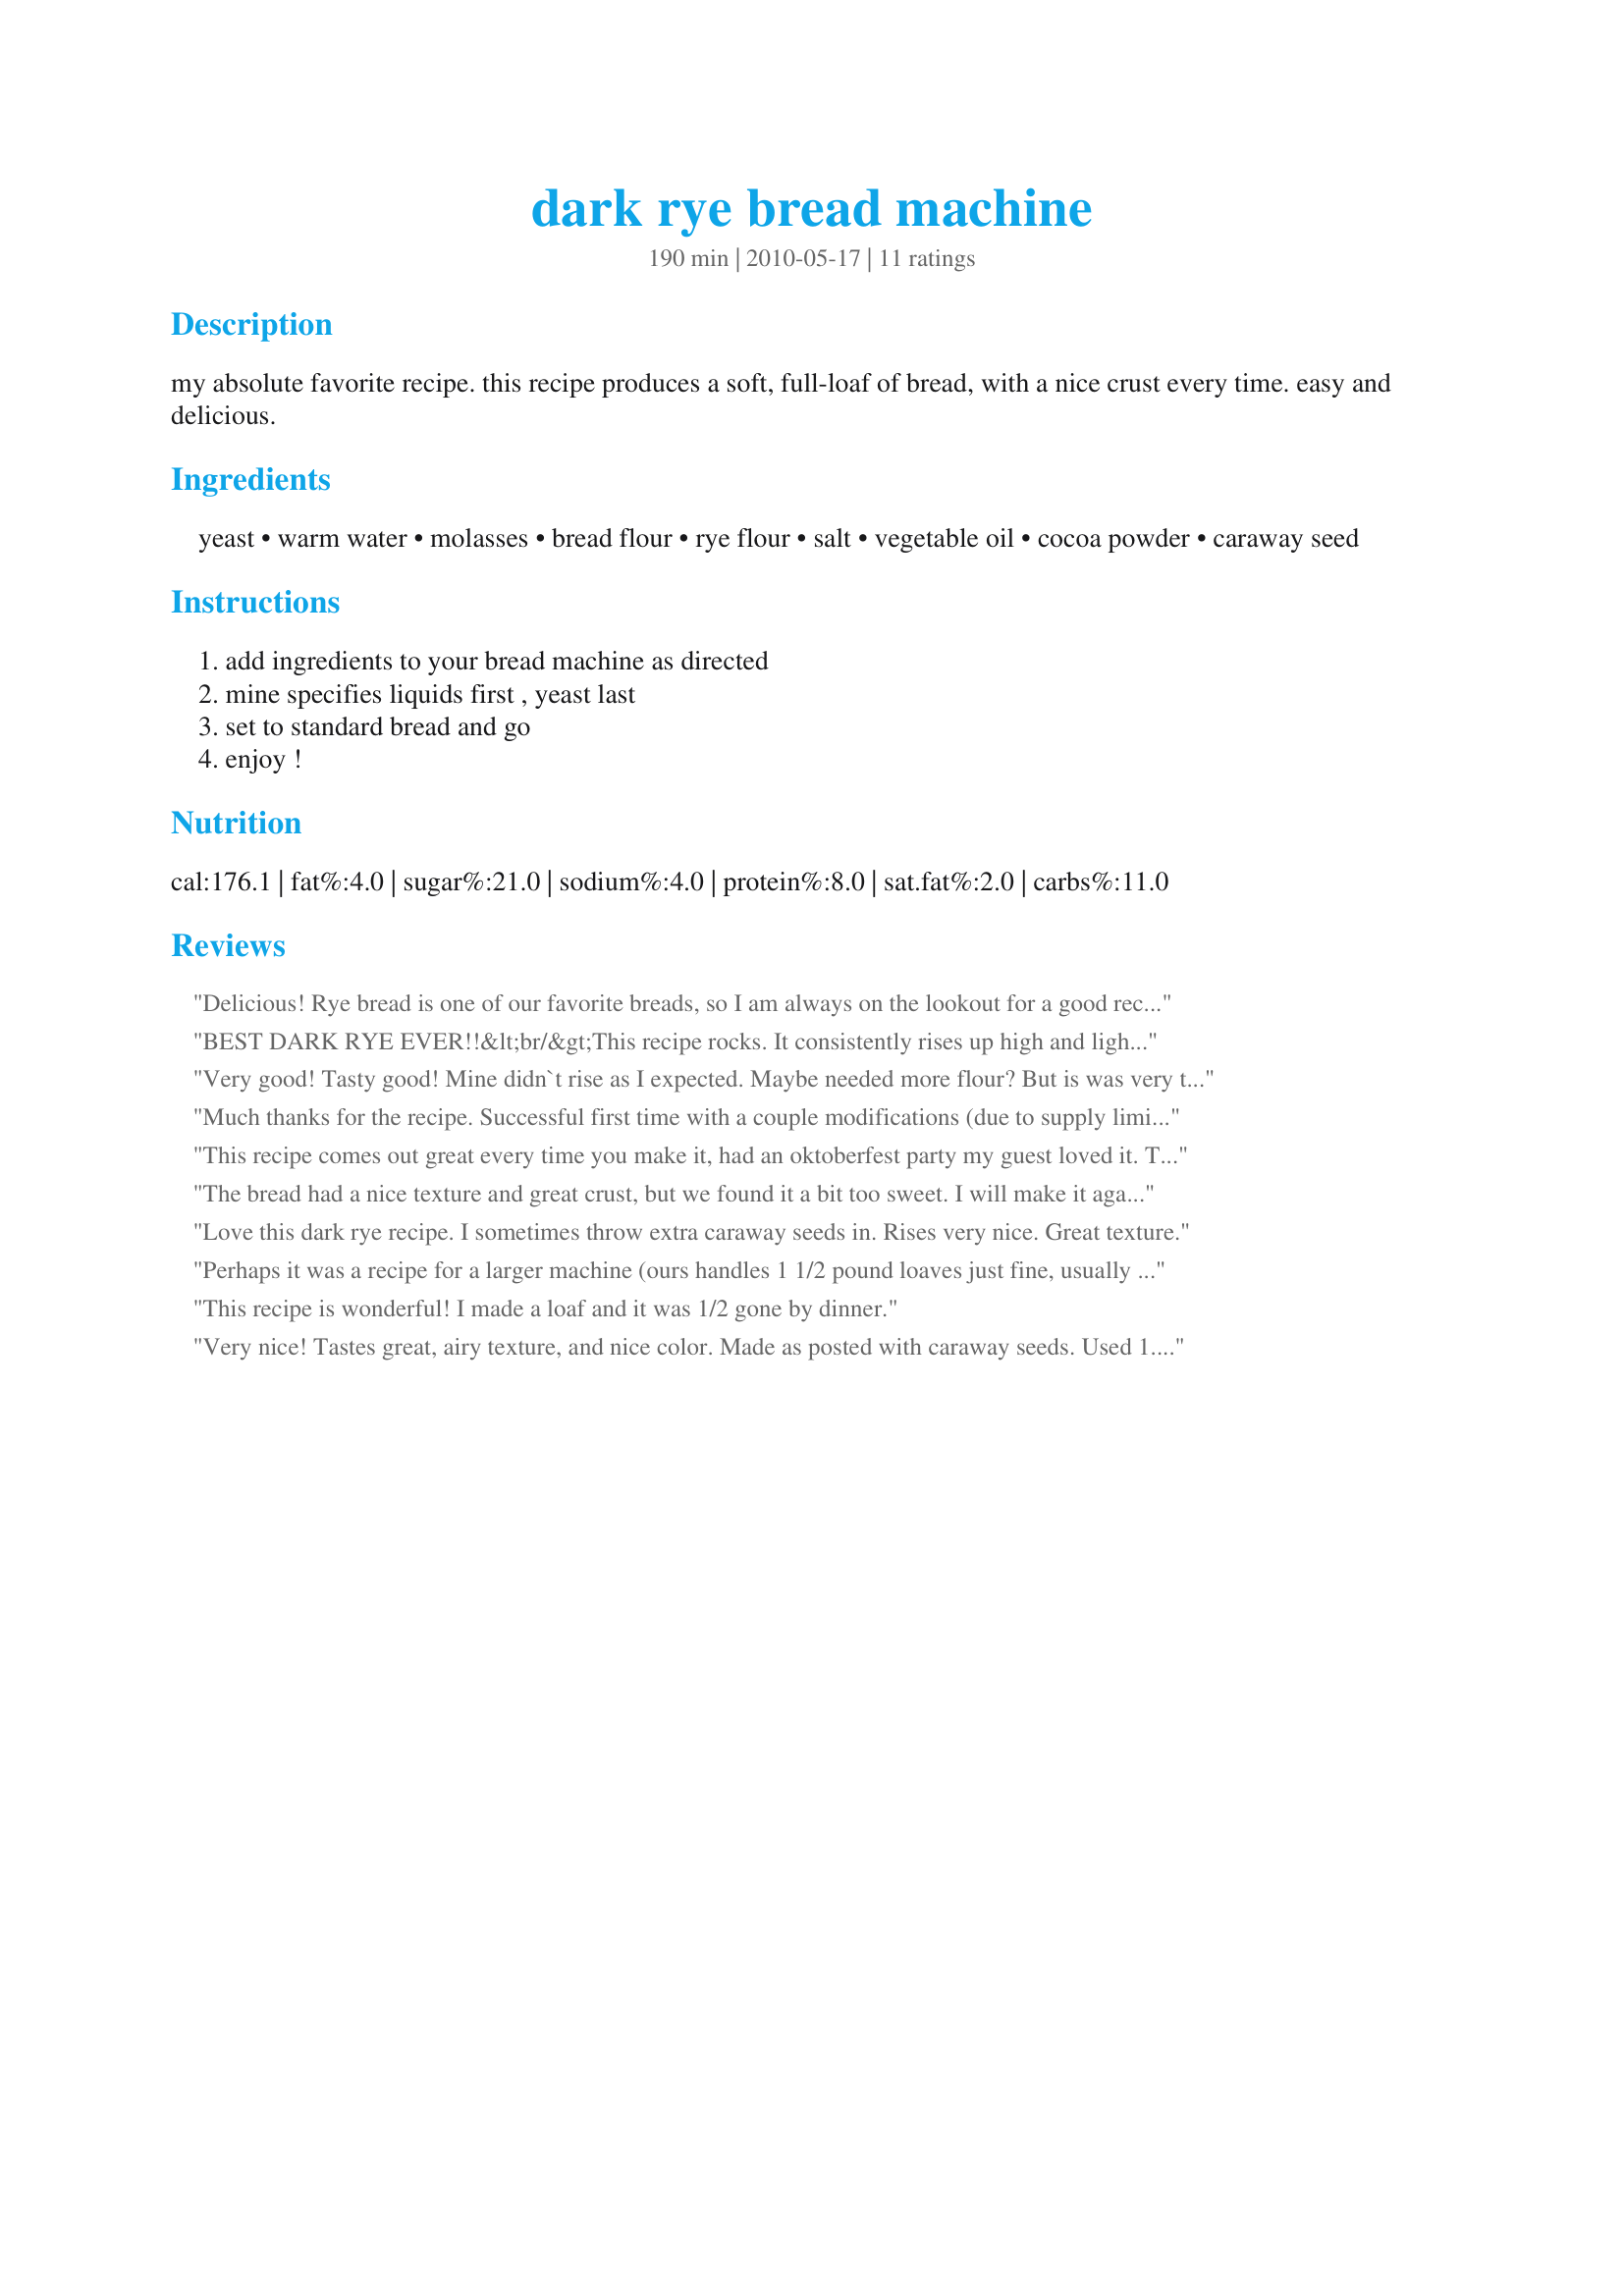
dark rye bread machine
Preparation time: 190 minutes

my absolute favorite recipe. this recipe produces a soft, full-loaf of bread, with a nice crust every time. easy and delicious.

Ingredients:
yeast, warm water, molasses, bread flour, rye flour, salt, vegetable oil, cocoa powder, caraway seed

Steps:
add ingredients to your bread machine as directed, mine specifies liquids first , yeast last, set to standard bread and go, enjoy !

Reviews:
Delicious! Rye bread is one of our favorite breads, so I am always on the lookout for a good recipe. This recipe is definitely a winner! I made the dough in my bread maker on the &quot;dough&quot; cycle. When the cycle was finished, I removed the dough and formed it into a ball and put it on a greased baking dish. I did have to knead in some more bread flour first as the dough was too sticky to work with. I let the dough rise for about 30 minutes and then I slashed the top of the loaf a couple of times with a sharp knife. I baked it at 350 degrees for about 35 minutes. The result was a rustic loaf with a nice, soft interior. Thank you for sharing this wonderful recipe...it is definitely a keeper!! Made for ZWT 9 Scandinavia for The Apron String Travelers.
BEST DARK RYE EVER!!&lt;br/&gt;This recipe rocks. It consistently rises up high and light, and the taste is superb. The first time I forgot the caraway, no problem. I have made this three times, next time I am going to use the Dough Cycle and bake it as a boule.
Very good! Tasty good! Mine didn`t rise as I expected. Maybe needed more flour? But is was very tatsy! Thanks for the good eats. Part of Menu #40269
Made for ZWT 6
Much thanks for the recipe. Successful first time with a couple modifications (due to supply limitation): Substituted molasses with honey and skipped cocoa / caraway; didn't have enough bread flour, so the ratio was 1.75 bread / 1.75 rye. It worked great and yes slightly sweeter, but it tasted fine in a strong flavored rye bread.
This recipe comes out great every time you make it, had an oktoberfest party my guest loved it. They all wanted the recipe. The only thing different I did was to add 1/3 cup of starter to it
The bread had a nice texture and great crust, but we found it a bit too sweet. I will make it again, and maybe cut the molasses down by half and see how that works. This is a good enough recipe to warrant tweaking to get the flavour we want - we want the rye/caraway to be the prominent taste. Well worth making again
Love this dark rye recipe. I sometimes throw extra caraway seeds in. Rises very nice. Great texture.
Perhaps it was a recipe for a larger machine (ours handles 1 1/2 pound loaves just fine, usually about three cups of flour like this one), or maybe an altitude thing (Denver, 5280 feet), but this was a mess in my bread machine. It rose too high, got dough all over the place, then fell drastically in the middle. Looked like a bread explosion. The bottom of the loaf is edible (top had over-done parts and raw parts where it overflowed the pan), and surprisingly light for a loaf that appeared to fall like a bad cake. The flavor is OK, not fantastic, though due to the other problems, I'm not sure it's fair to judge the flavor.
This recipe is wonderful! I made a loaf and it was 1/2 gone by dinner.
Very nice! Tastes great, airy texture, and nice color. Made as posted with caraway seeds. Used 1.5 pound setting and light crust setting. No problems rising.
Horrid
